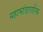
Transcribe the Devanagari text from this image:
महाभांडागारिक